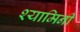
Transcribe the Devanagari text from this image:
श्यामिनी